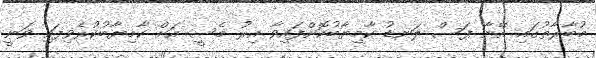
މުބާރާތުގައި އޭނާ ފަސް ލަނޑު ކާމިޔާބުކޮށްފައިވާ އިރު މެސީ އަށް ކާމިޔާބުކުރެވިފައި ވަނީ